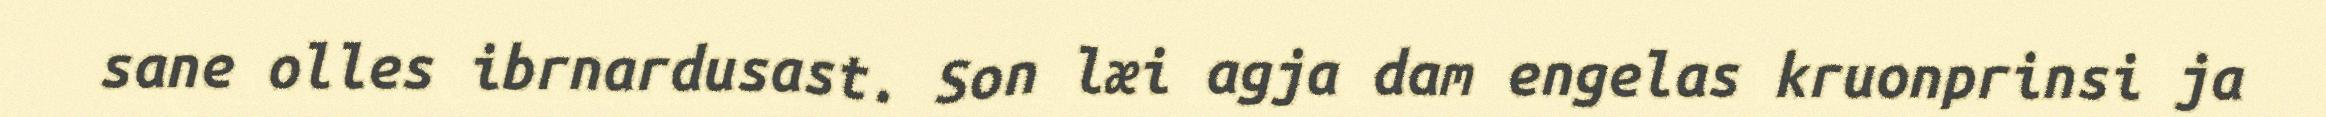
sane olles ibrnardusast. Son læi agja dam engelas kruonprinsi ja